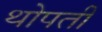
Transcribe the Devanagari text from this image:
थोपती